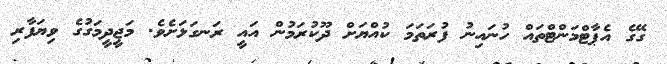
ގޭގެ އެޕާޓްމަންޓްތައް ހުނައިނު ފުރަތަމަ ކުއްޔަށް ދޫކުރަމުން އައީ ރަނގަޅަށެވެ. މަޖީދީމަގުގެ ވިޔަފާރި